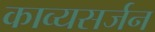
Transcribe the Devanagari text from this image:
काव्यसर्जन